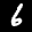
Label: 6